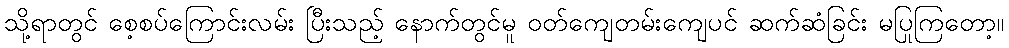
သို့ရာတွင် စေ့စပ်ကြောင်းလမ်း ပြီးသည့် နောက်တွင်မူ ဝတ်ကျေတမ်းကျေပင် ဆက်ဆံခြင်း မပြုကြတော့။